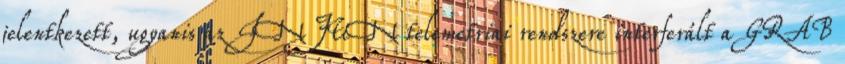
jelentkezett, ugyanis az INJUN telemetriai rendszere interferált a GRAB